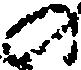
の